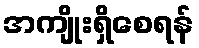
အကျိုးရှိစေရန်